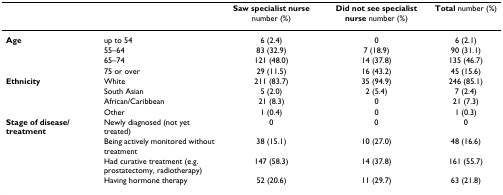
<table><thead><tr><td></td><td></td><td><b>Saw specialist nurse number (%)</b></td><td><b>Did not see specialist nurse number (%)</b></td><td><b>Total number (%)</b></td></tr></thead><tbody><tr><td><b>Age</b></td><td>up to 54</td><td>6 (2.4)</td><td>0</td><td>6 (2.1)</td></tr><tr><td></td><td>55–64</td><td>83 (32.9)</td><td>7 (18.9)</td><td>90 (31.1)</td></tr><tr><td></td><td>65–74</td><td>121 (48.0)</td><td>14 (37.8)</td><td>135 (46.7)</td></tr><tr><td></td><td>75 or over</td><td>29 (11.5)</td><td>16 (43.2)</td><td>45 (15.6)</td></tr><tr><td><b>Ethnicity</b></td><td>White</td><td>211 (83.7)</td><td>35 (94.9)</td><td>246 (85.1)</td></tr><tr><td></td><td>South Asian</td><td>5 (2.0)</td><td>2 (5.4)</td><td>7 (2.4)</td></tr><tr><td></td><td>African/Caribbean</td><td>21 (8.3)</td><td>0</td><td>21 (7.3)</td></tr><tr><td></td><td>Other</td><td>1 (0.4)</td><td>0</td><td>1 (0.3)</td></tr><tr><td><b>Stage of disease/treatment</b></td><td>Newly diagnosed (not yet treated)</td><td>0</td><td>0</td><td>0</td></tr><tr><td></td><td>Being actively monitored without treatment</td><td>38 (15.1)</td><td>10 (27.0)</td><td>48 (16.6)</td></tr><tr><td></td><td>Had curative treatment (e.g. prostatectomy, radiotherapy)</td><td>147 (58.3)</td><td>14 (37.8)</td><td>161 (55.7)</td></tr><tr><td></td><td>Having hormone therapy</td><td>52 (20.6)</td><td>11 (29.7)</td><td>63 (21.8)</td></tr></tbody></table>